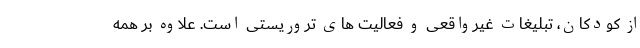
از کودکان، تبلیغات غیرواقعی و فعالیت های تروریستی است. علاوه بر همه